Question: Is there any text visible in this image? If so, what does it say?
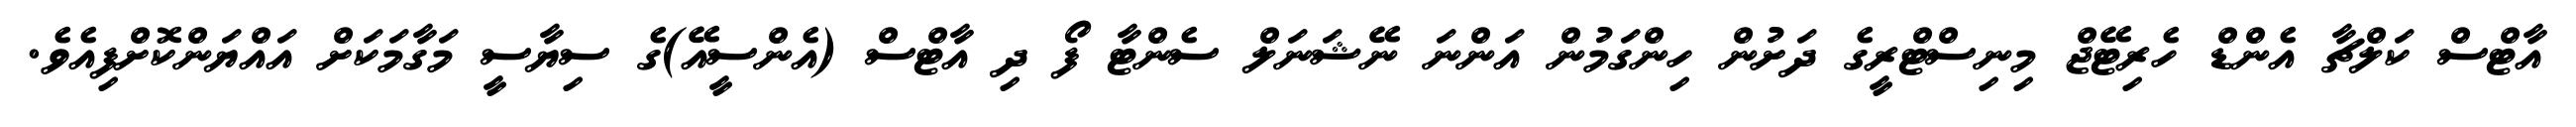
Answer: އާޓްސް ކަލްޗާ އެންޑް ހެރިޓޭޖް މިނިސްޓްރީގެ ދަށުން ހިންގަމުން އަންނަ ނޭޝަނަލް ސެންޓާ ފޯ ދި އާޓްސް (އެންސީއޭ)ގެ ސިޔާސީ މަގާމަކަށް އައްޔަންކޮށްފިއެވެ.